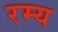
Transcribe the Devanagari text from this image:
रम्‍य